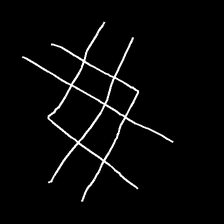
Glyph: crystal